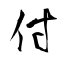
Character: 付